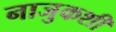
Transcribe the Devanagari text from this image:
नाजुकशी